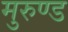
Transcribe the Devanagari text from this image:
मुरुण्ड